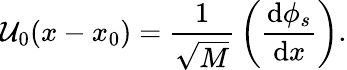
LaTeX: {\cal U}_{0}(x-x_{0})={\frac{1}{\sqrt M}}\left({\frac{\mathrm{d}\phi_{s}}{\mathrm{d}x}}\right).